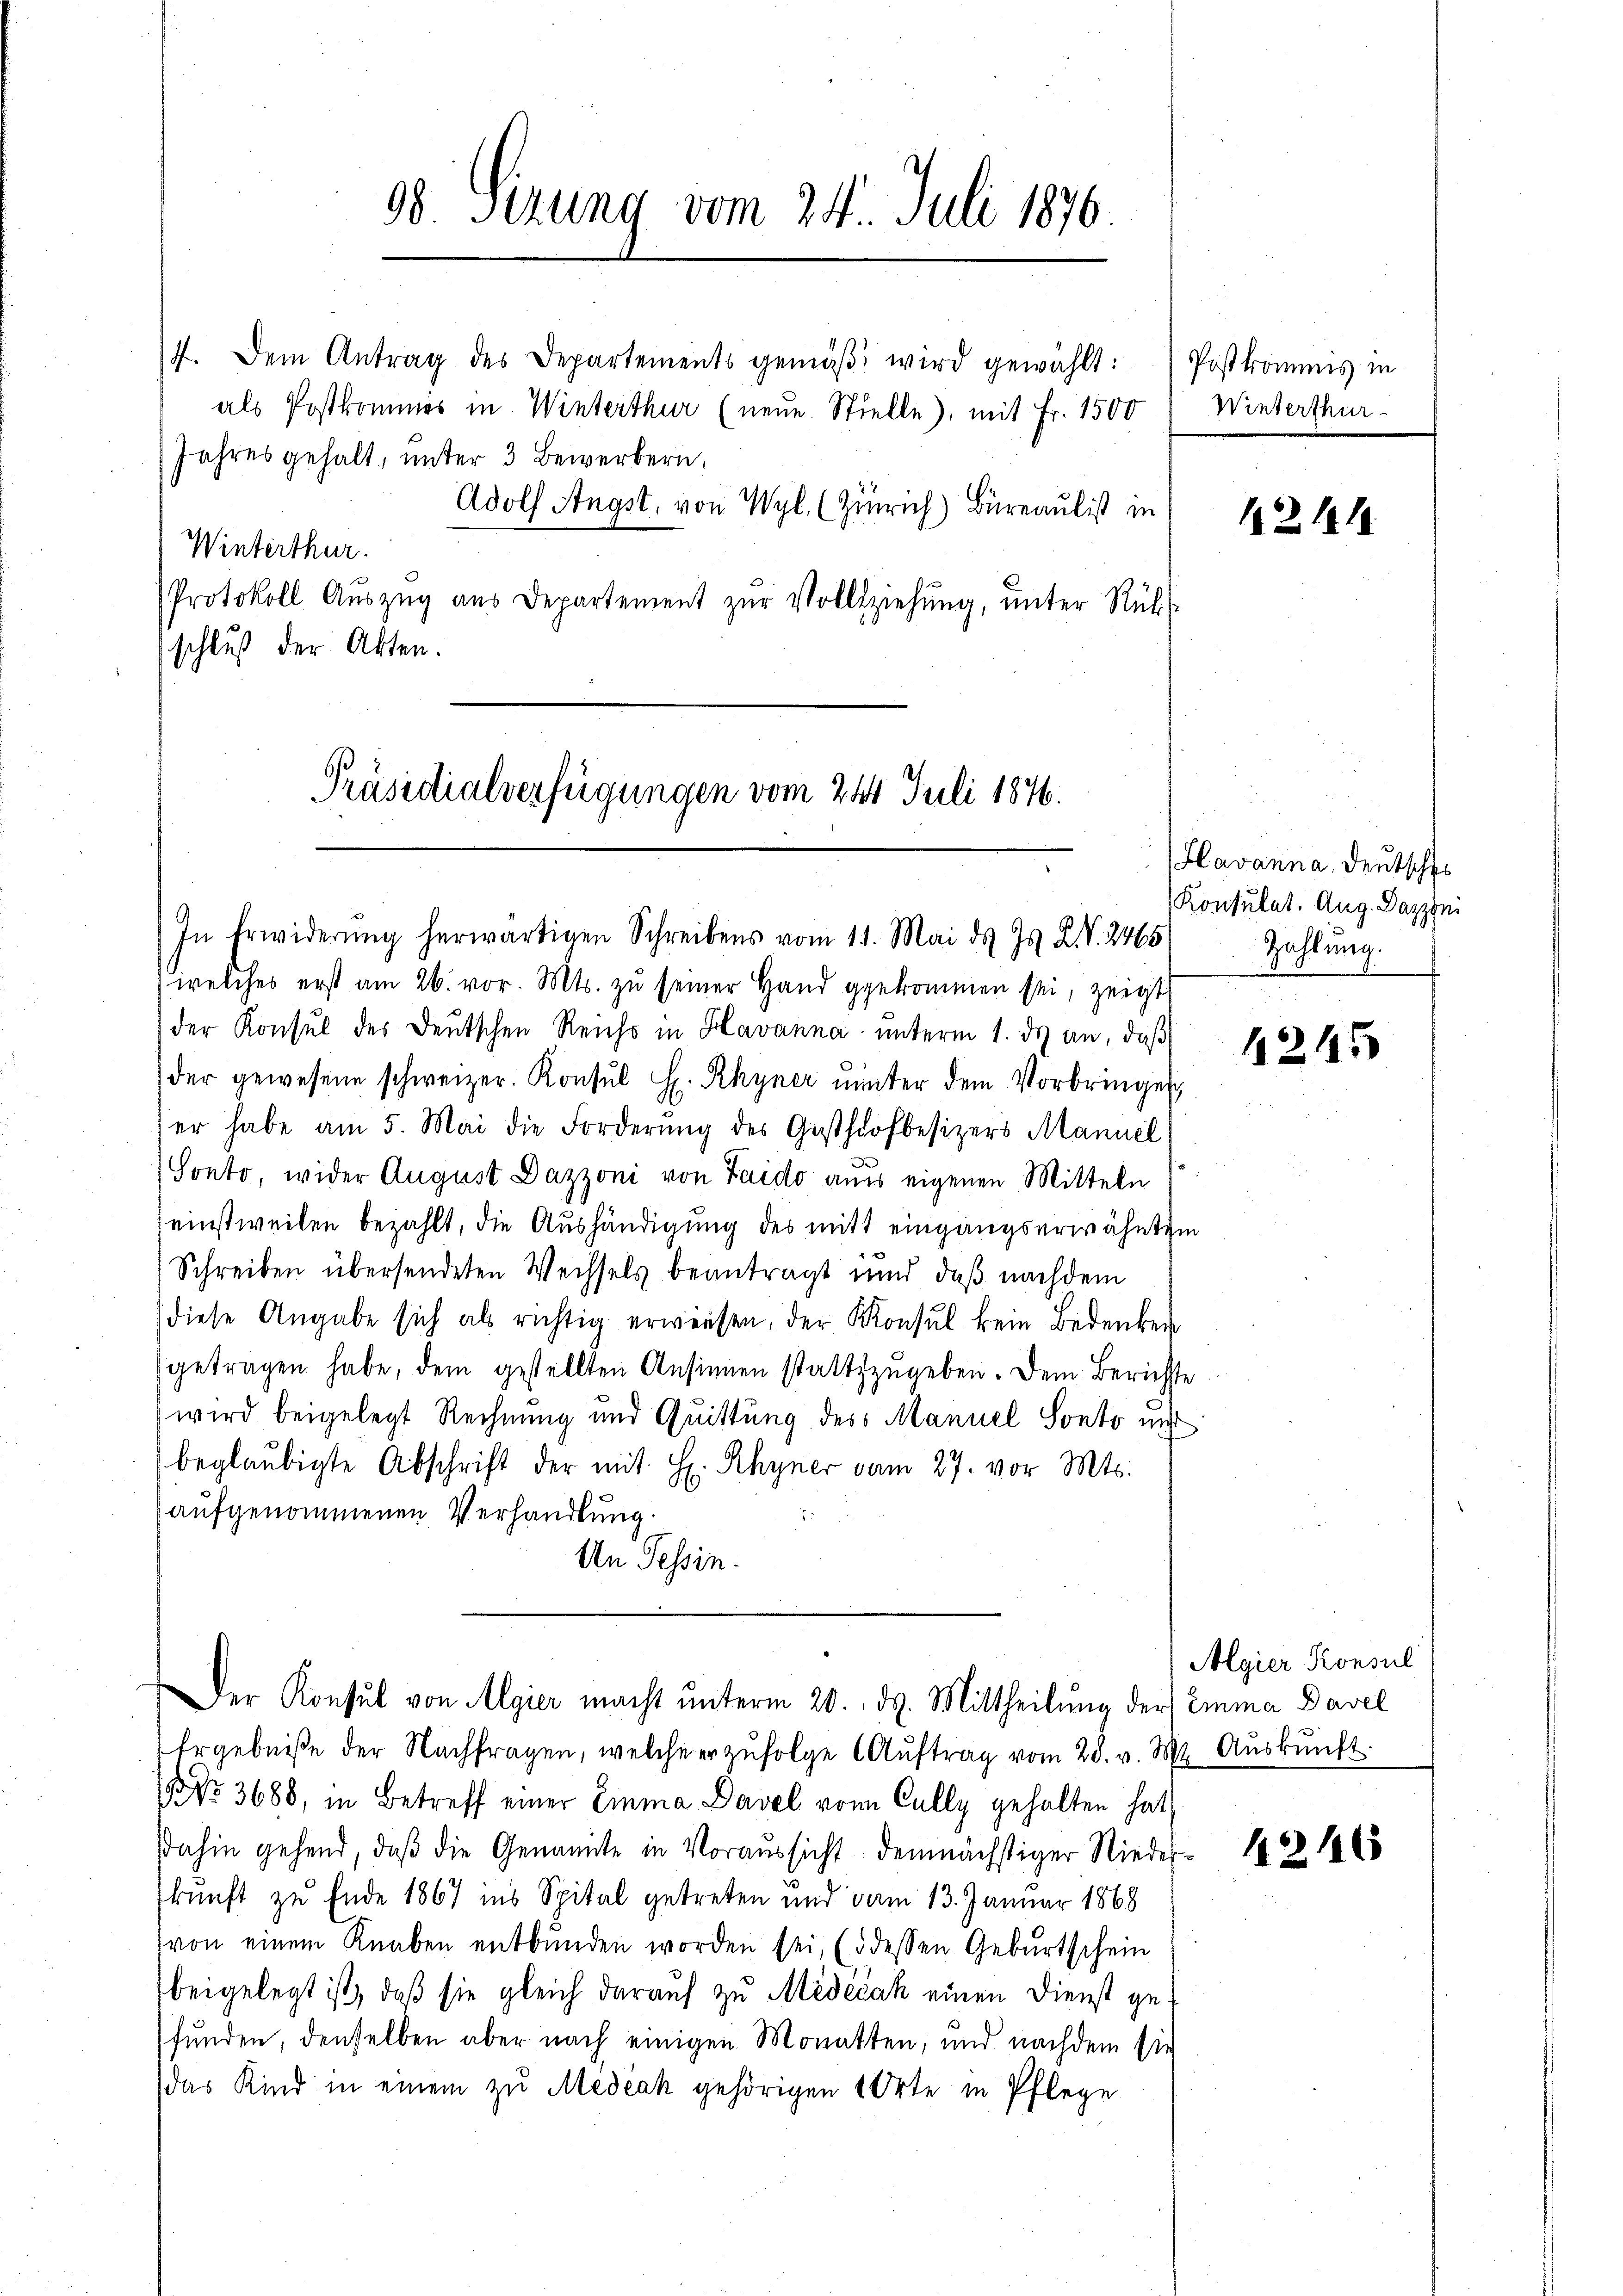
08 Sizung vom 24. Juli 1876

4. Dem Antrag des Departements gemäβ wird gewählt: Postkommis in
als Postkommes in Winterthur (neŭe Stielle), mit Fr. 1500 (Winterthur
Jahres gehalt, unter 3 Bewerbern,
Adolf Angst, von Wyl. (Zürich) Büreaulist in
Winterthur.
Protokoll Aŭszŭg aŭs Departement zŭr Vollziehŭng ŭnter Rüks
schluß der Akten.

Präsidialverfügungen vom 24. Juli 1876.

In Erwiderŭng herwärtigen Schreibens vom 11. Mai d. Js. XIV. 2465

welches erst am 26. vor. Mts. zu seiner Hand gekommen sei, zeigt
der Konsul des Deutschen Reichs in Havanna unterm 1. ds an, daß
der gewesene schweizer. Konsul H. Rhyner ŭnter dem Vorbringen
er habe am 5. Mai die Forderŭng des Gasthofbesizers Mannel
Sonto, wider August Dazzoni von Taido aus eigenen Mitteln
einstweilen bezahlt, die Aushändigung des mitt eingangserwähntem
Schreiben übersendeten Wechsels beantragt und daß nachdem
diese Angabe sich als richtig erwiesen, der Konsul kein Bedenken
getragen habe, dem gestellten Ansinnen stattzugeben. Dem Berichte
wird beigelegt Rechnung und Quittung des Manuel Sonto und
beglaubigte Abschrift der mit H. Rhyner vom 27. vor. Mts.
aufgenommenen Verhandlung.
An Tessin.

Ergebniße der Nachfragen, welche er zŭfolge Aŭftrag vom 28. v. M. Aŭskŭnft.
No. 3688, in Betreff einer Emma Davel von Cully gehalten hat
Dahin gehend, daβ die Genannte in Voraussicht demnächstiger Nieder-
kunft zu Ende 1867 ins Spital getreten und vom 13. Januar 1868
(von einem Knaben entbunden worden sei, (3 dessen Gebŭrtschein
beigelegt ist, daß sie gleich darauf zu Medeczak einen Dienst gefunden, denselben aber nach einigen Monatten, und nachdem sie
das Kind in einem zu Medeak gehörigen 1 Orte in Pflege

1211.

Der Konsul von Algier macht ŭnterm 20. ds. Mittheilŭng der Emma Davel

Havanna, Deutsches
Konsulat. Aug. Dazzini
Zahlung.

Algier Konsul

1215

1246